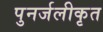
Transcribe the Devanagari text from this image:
पुनर्जलीकृत